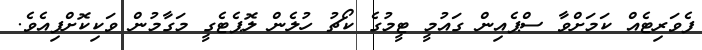
ފެވަރިޓެއް ކަމަށްވާ ސްޕެއިން ގައުމީ ޓީމުގެ ކޯޗު ހުލެން ލޮޕެޓެގީ މަގާމުން ވަކިކޮށްފިއެވެ.